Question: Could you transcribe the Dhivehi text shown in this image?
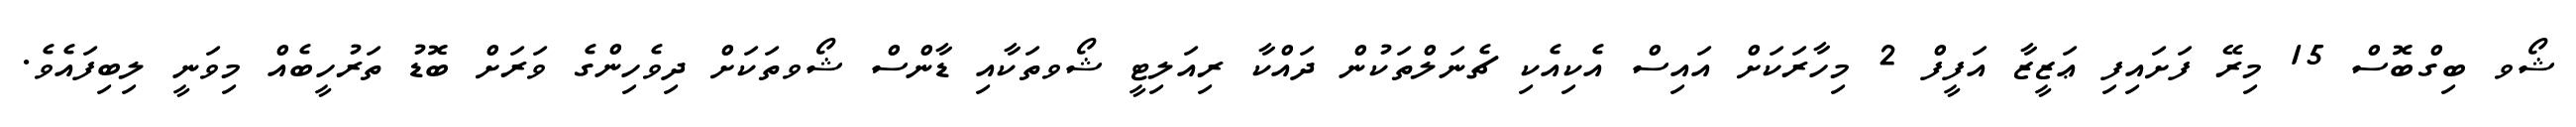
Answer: ޝޯވ ބިގްބޮސް 15 މިރޭ ފަށައިފި ޢަޒީޒާ އަފީފް 2 މިހާރަކަށް އައިސް އެކިއެކި ޗެނަލްތަކުން ދައްކާ ރިއަލިޓީ ޝޯވތަކާއި ޑާންސް ޝޯވތަކަށް ދިވެހިންގެ ވަރަށް ބޮޑު ތަރުހީބެއް މިވަނީ ލިބިފައެވެ.